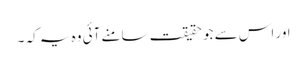
اور اس سے جو حقیقت سامنے آئی وہ یہ کہ ۔